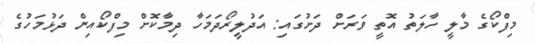
މިފްކޯގެ މާލީ ހާލަތު އޮތީ ވަރަށް ދަށުގައި: އަދުލީރޯދަމަހާ ދިމާކޮށް މިފްކޯއިން ދަޅުމަހުގެ